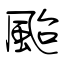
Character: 颱